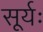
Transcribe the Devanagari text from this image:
सूर्यः